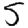
Digit: 5